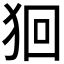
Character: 𤞑